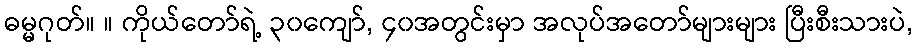
ဓမ္မဂုတ်။ ။ ကိုယ်တော်ရဲ့ ၃၀ကျော်, ၄၀အတွင်းမှာ အလုပ်အတော်များများ ပြီးစီးသားပဲ,